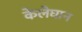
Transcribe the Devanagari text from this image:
केलेघान